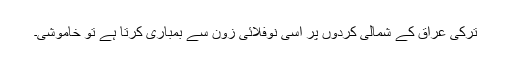
تُرکی عراق کے شمالی کُردوں پر اسی نوفلائی زون سے بمباری کرتا ہے تو خاموشی۔